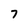
Character: 7